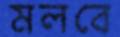
মলবে